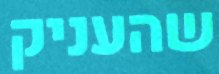
שהעניק